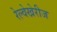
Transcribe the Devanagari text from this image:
रेल्वेखेरीज